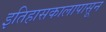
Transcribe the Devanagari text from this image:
इतिहासकालापासून